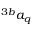
^ { 3 b } a _ { q }